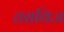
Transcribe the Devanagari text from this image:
तसविज